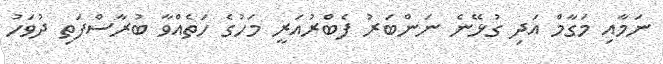
ނަމާއި މަގާމް އަދި ގުޅޭނެ ނަންބަރު ފެބްރުއަރީ މަހުގެ ހަތެއްވާ ބުރާސްފަތި ދުވަހު